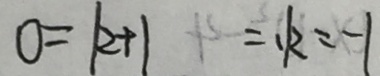
0 = k + 1 = 、 k = - 1